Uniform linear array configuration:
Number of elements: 48
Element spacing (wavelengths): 0.25
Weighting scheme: kaiser
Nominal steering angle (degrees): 0
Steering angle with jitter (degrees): -1.204
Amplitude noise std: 0.05
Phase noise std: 0.05

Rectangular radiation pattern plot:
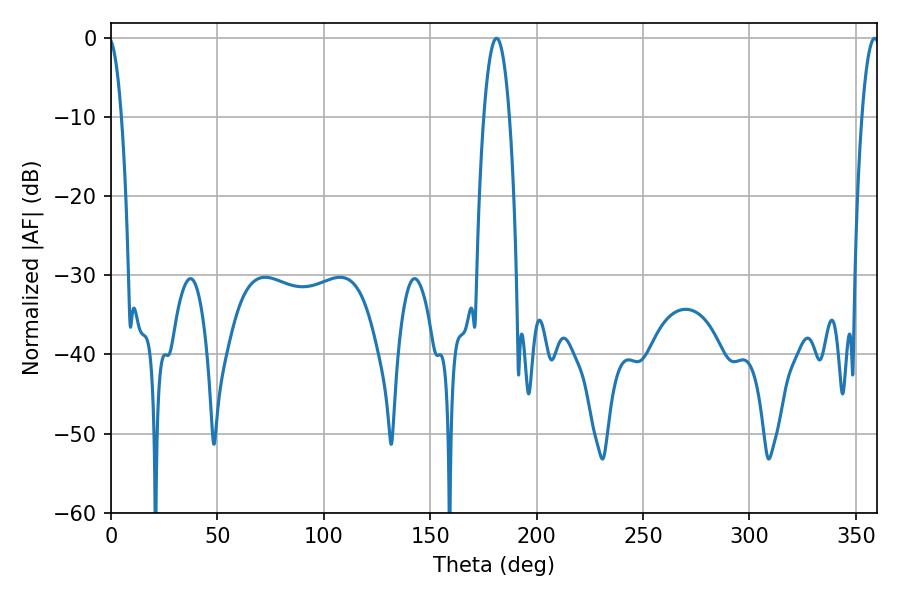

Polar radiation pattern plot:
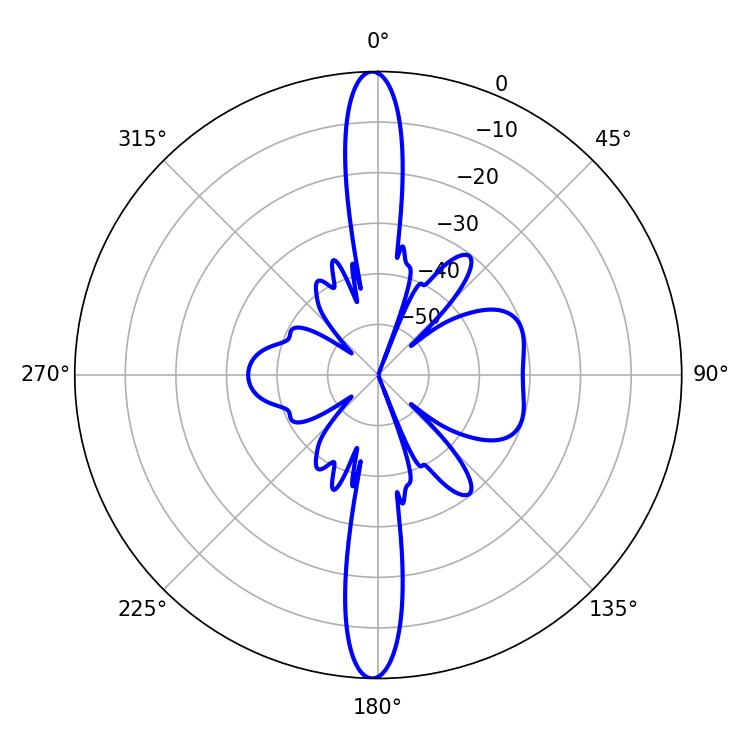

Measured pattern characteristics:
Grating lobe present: FALSE
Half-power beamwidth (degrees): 6.66
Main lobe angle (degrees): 181.08